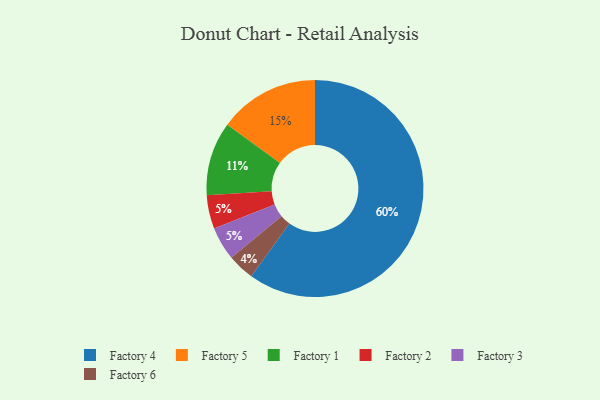
{"axis": {"x": "Category", "y": "Percentage"}, "legend": ["Factory 1", "Factory 2", "Factory 3", "Factory 4", "Factory 5", "Factory 6"], "data": [{"x": "Factory 6", "y": 4, "type": "Factory 6"}, {"x": "Factory 2", "y": 5, "type": "Factory 2"}, {"x": "Factory 1", "y": 11, "type": "Factory 1"}, {"x": "Factory 4", "y": 60, "type": "Factory 4"}, {"x": "Factory 3", "y": 5, "type": "Factory 3"}, {"x": "Factory 5", "y": 15, "type": "Factory 5"}]}